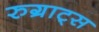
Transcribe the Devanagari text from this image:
रुग्राट्स